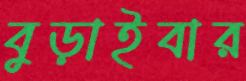
বুড়াইবার